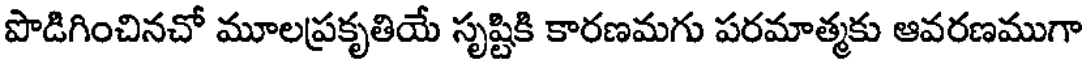
పొడిగించినచో మూలప్రకృతియే సృష్టికి కారణమగు పరమాత్మకు ఆవరణముగా